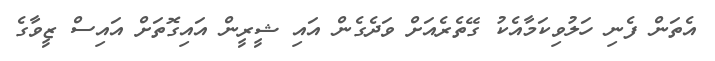
އެތަން ފެނި ހަލުވިކަމާއެކު ގޭތެރެއަށް ވަދެގެން އައި ޝީރީން އައިގޮތަށް އައިސް ޒީވާގެ